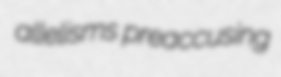
allelisms preaccusing